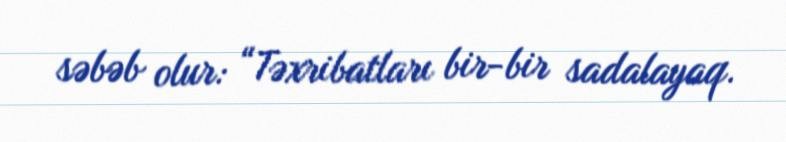
səbəb olur: “Təxribatları bir-bir sadalayaq.